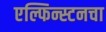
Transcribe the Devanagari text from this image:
एल्फिन्स्टनचा